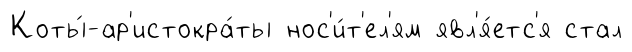
Коты́-ар'истокра́ты нос'и́т'ел'ям явл'я́етс'я стал